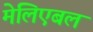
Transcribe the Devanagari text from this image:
मेलिएबल